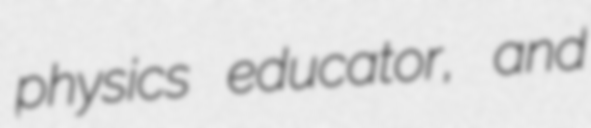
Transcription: physics educator, and